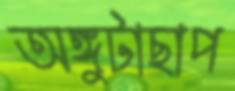
অঙ্গুটাছাপ